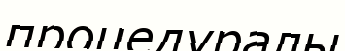
процедуралы